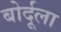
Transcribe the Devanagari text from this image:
बोर्दूला